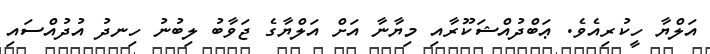
އަލްޔާ ހީކުރިއެވެ. ޢަބްދުއްޝަކޫރާއި މިޔާނާ އަށް އަލްޔާގެ ޖަވާބު ލިބުނު ހިނދު އުދުއްސައި